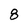
Character: 8